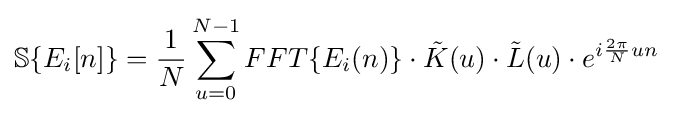
\mathbb {S} \{E_{i}[n]\}={\frac {1}{N}}\sum _{u=0}^{N-1}FFT\{E_{i}(n)\}\cdot {\tilde {K}}(u)\cdot {\tilde {L}}(u)\cdot e^{i{\frac {2\pi }{N}}un}